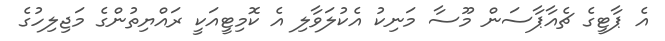
އެ ޕާޓީގެ ޗެއާޕާސަން މޫސާ މަނިކު އެކުލަވާލި އެ ކޮމިޓީއަކީ ރައްޔިތުންގެ މަޖިލިހުގެ